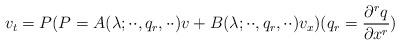
LaTeX: \begin{align*}v_t=P(P=A(\lambda;\cdot\cdot,q_r,\cdot\cdot)v+B(\lambda;\cdot\cdot,q_r,\cdot\cdot)v_x)(q_r=\frac{\partial^rq}{\partial x^r})\end{align*}